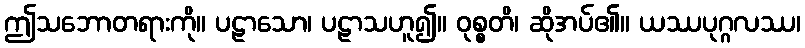
ဤသဘောတရားကို။ ပဠာသော၊ ပဠာသဟူ၍။ ဝုစ္စတိ၊ ဆိုအပ်၏။ ယဿပုဂ္ဂလဿ၊